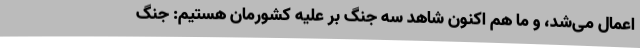
اعمال می‌شد، و ما هم اکنون شاهد سه جنگ بر علیه کشورمان هستیم: جنگ